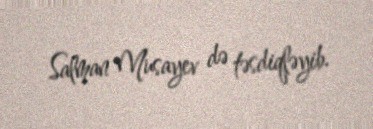
Salman Musayev də təsdiqləyib.